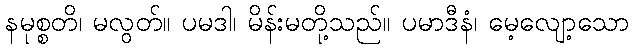
နမုစ္စတိ၊ မလွတ်။ ပမဒါ၊ မိန်းမတို့သည်။ ပမာဒီနံ၊ မေ့လျော့သော